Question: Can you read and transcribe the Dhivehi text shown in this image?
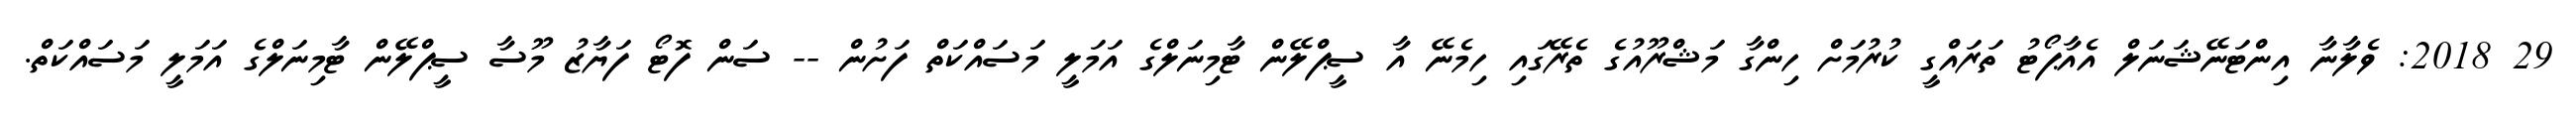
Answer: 29 2018: ވެލާނާ އިންޓަނޭޝަނަލް އެއާޕޯޓު ތަރައްގީ ކުރުމަށް ހިންގާ މަޝްރޫއުގެ ތެރޭގައި ހިމެނޭ އާ ސީޕްލޭން ޓާމިނަލްގެ އަމަލީ މަސައްކަތް ފަށުން -- ސަން ފޮޓޯ ފަޔާޒު މޫސާ ސީޕްލޭން ޓާމިނަލްގެ އަމަލީ މަސައްކަތް.